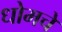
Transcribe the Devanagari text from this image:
धोमचे